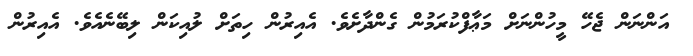
އަންނަން ޖެހޭ މީހުންނަށް މަޢާފްކުރަމުން ގެންދާށެވެ. އެއިރުން ހިތަށް ލުއިކަން ލިބޭނެއެވެ. އެއިރުން